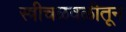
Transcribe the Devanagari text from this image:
स्त्रीचळवळीतून